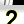
Digit: 2